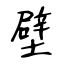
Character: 壁